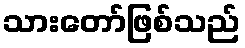
သားတော်ဖြစ်သည်